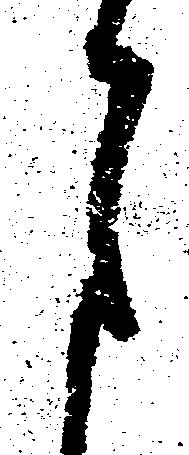
月